Civil Veterinary Department. United Provinces 1923-31 - 1923-1931
Year: 1923
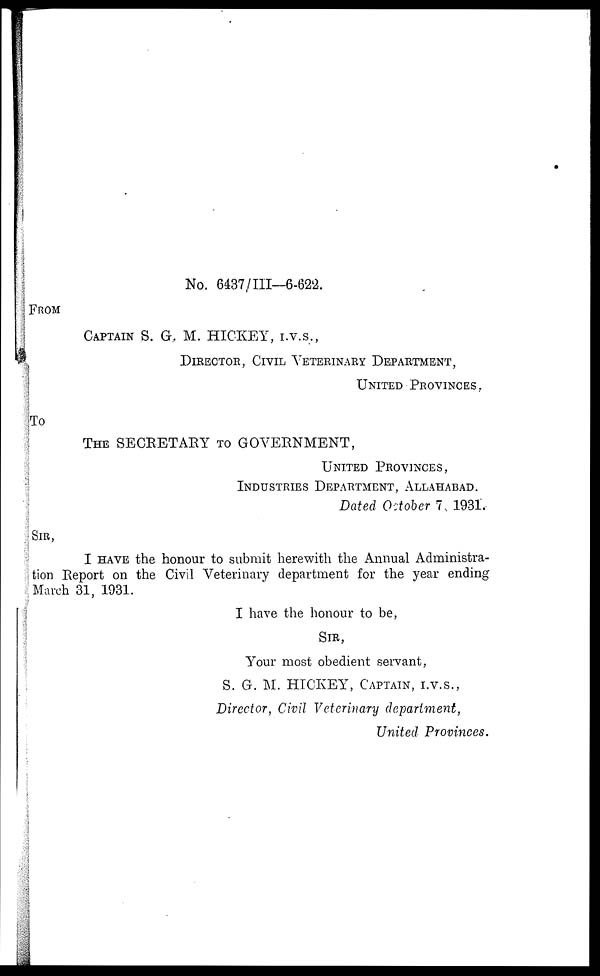
No. 6437/III—6-622.
FROM
CAPTAIN S. G. M. HICKEY, I.V.S.,
DIRECTOR, CIVIL VETERINARY DEPARTMENT,
UNITED PROVINCES,
To
THE SECRETARY TO GOVERNMENT,
UNITED PROVINCES,
INDUSTRIES DEPARTMENT, ALLAHABAD.
Dated October 7, 1931.
SIR,
I HAVE the honour to submit herewith the Annual Administra-
tion Report on the Civil Veterinary department for the year ending
March 31, 1931.
I have the honour to be,
SIR,
Your most obedient servant,
S. G. M. HICKEY, CAPTAIN, I.V.S.,
Director, Civil Veterinary department,
United Provinces.